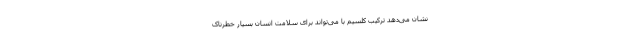
نشان می‌دهد ترکیب کلسیم با می‌تواند برای سلامت انسان بسیار خطرناک